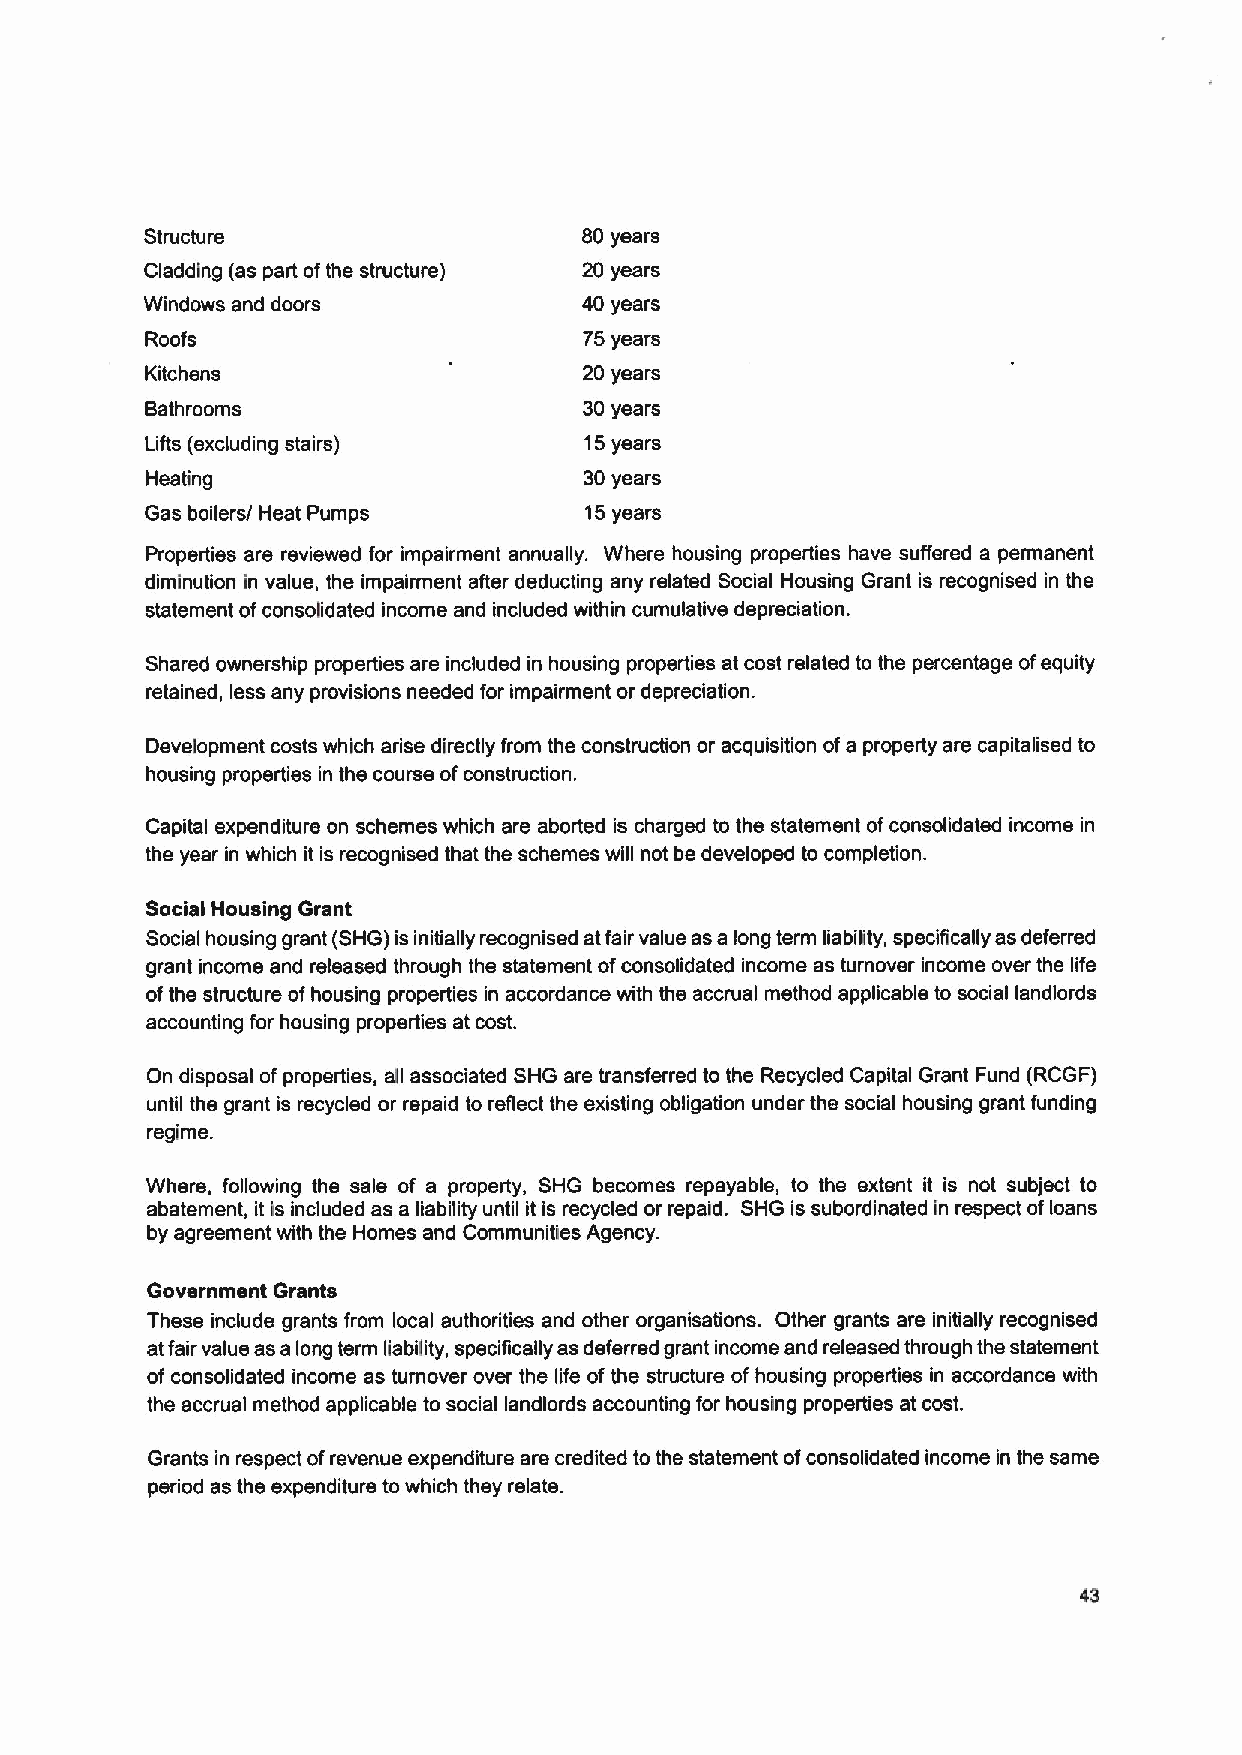
Structure                    80 years
 Cladding (as part ofthe structure) 20 years
 Windows and doors            40 years
 Roofs                        75years
 Kitchens                     20 years
 Bathrooms                    30years
 Lifts (excluding stairs)     15years
 Heating                      30years
 Gas boilers/ Heat Pumps      15years
 Properties are reviewed for impairment annually. Where housing properties have suffered a permanent
 diminution in value, the impairment after deducting any related Social Housing Grant is recognised in the
 statement ofconsolidated income and included within cumulative depreciation.
 Shared ownership properties are included in housing properties at cost related to the percentage ofequity
 retained, less any provisions needed for impairment or depreciation.
 Development costs which arise directly from the construction or acquisition ofa property are capitalised to
 housing properties in the course ofconstruction.
 Capital expenditure on schemes which are aborted is charged to the statement ofconsolidated income in
 the year in which it is recognised that the schemes will not be developed to completion.
 Social Housing Grant
 Social housing grant (SHG) is initially recognised atfair value as a long term liability, specifically as deferred
 grant income and released through the statement ofconsolidated income as turnover income over the life
 ofthe structure ofhousing properties in accordance with the accrual method applicable to social landlords
 accounting for housing properties at cost.
 On disposal ofproperties, all associated SHG are transferred to the Recycled Capital Grant Fund (RCGF)
 until the grant is recycled or repaid to reflect the existing obligation under the social housing grant funding
 regime.
 Where, following the sale of a property, SHG becomes repayable, to the extent it is not subject to
 abatement, it is included as a liability until it is recycled or repaid. SHG is subordinated in respect ofloans
 by agreement with the Homes and Communities Agency.
 Government Grants
 These include grants from local authorities and other organisations. Other grants are initially recognised
 atfair value as a long term liability, specifically as deferred grant income and released through the statement
 of consolidated income as turnover over the life of the structure of housing properties in accordance with
 the accrual method applicable to social landlords accounting for housing properties at cost.
 Grants in respect ofrevenue expenditure are credited to the statement ofconsolidated income in the same
 period as the expenditure to which they relate.
 43